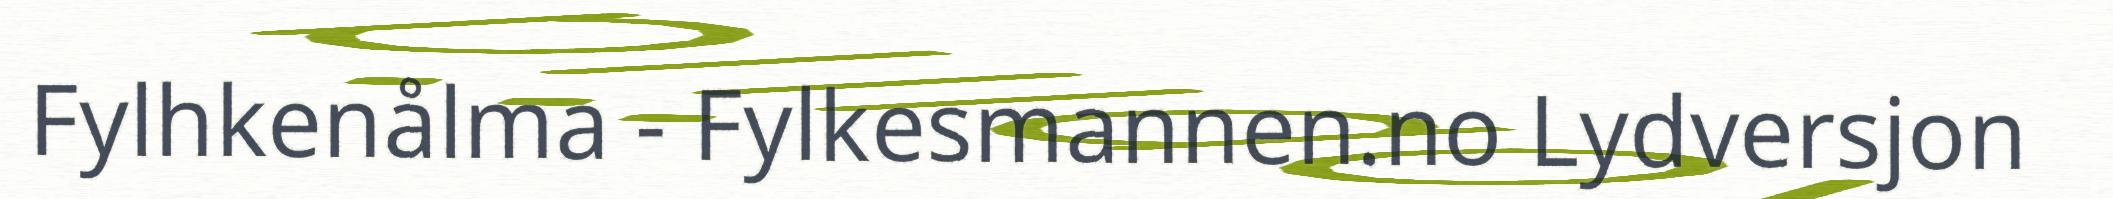
Fylhkenålma - Fylkesmannen.no Lydversjon